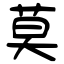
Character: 莫